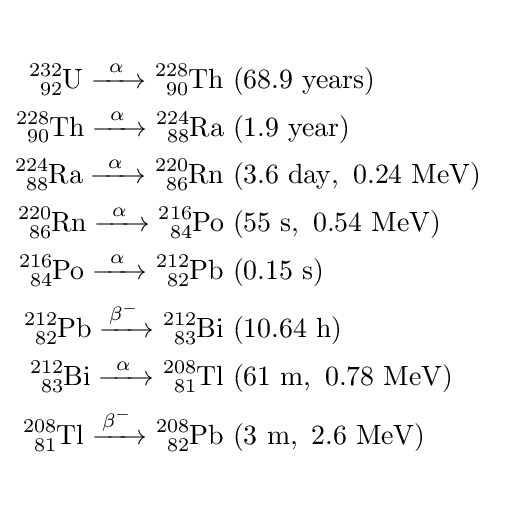
{\begin{aligned}{}\\{\ce {^{232}_{92}U ->[\alpha] ^{228}_{90}Th}}\ &\mathrm {(68.9\ years)} \\{\ce {^{228}_{90}Th ->[\alpha] ^{224}_{88}Ra}}\ &\mathrm {(1.9\ year)} \\{\ce {^{224}_{88}Ra ->[\alpha] ^{220}_{86}Rn}}\ &\mathrm {(3.6\ day,\ 0.24\ MeV)} \\{\ce {^{220}_{86}Rn ->[\alpha] ^{216}_{84}Po}}\ &\mathrm {(55\ s,\ 0.54\ MeV)} \\{\ce {^{216}_{84}Po ->[\alpha] ^{212}_{82}Pb}}\ &\mathrm {(0.15\ s)} \\{\ce {^{212}_{82}Pb ->[\beta^-] ^{212}_{83}Bi}}\ &\mathrm {(10.64\ h)} \\{\ce {^{212}_{83}Bi ->[\alpha] ^{208}_{81}Tl}}\ &\mathrm {(61\ m,\ 0.78\ MeV)} \\{\ce {^{208}_{81}Tl ->[\beta^-] ^{208}_{82}Pb}}\ &\mathrm {(3\ m,\ 2.6\ MeV)} \\{}\end{aligned}}